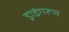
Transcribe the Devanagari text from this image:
ड्राइंगरूम